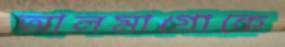
আলমাগ্রোকে